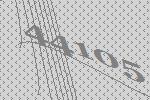
44105